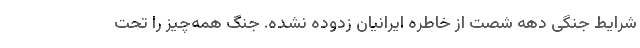
شرایط جنگی دهه شصت از خاطره ایرانیان زدوده نشده. جنگ همه‌چیز را تحت